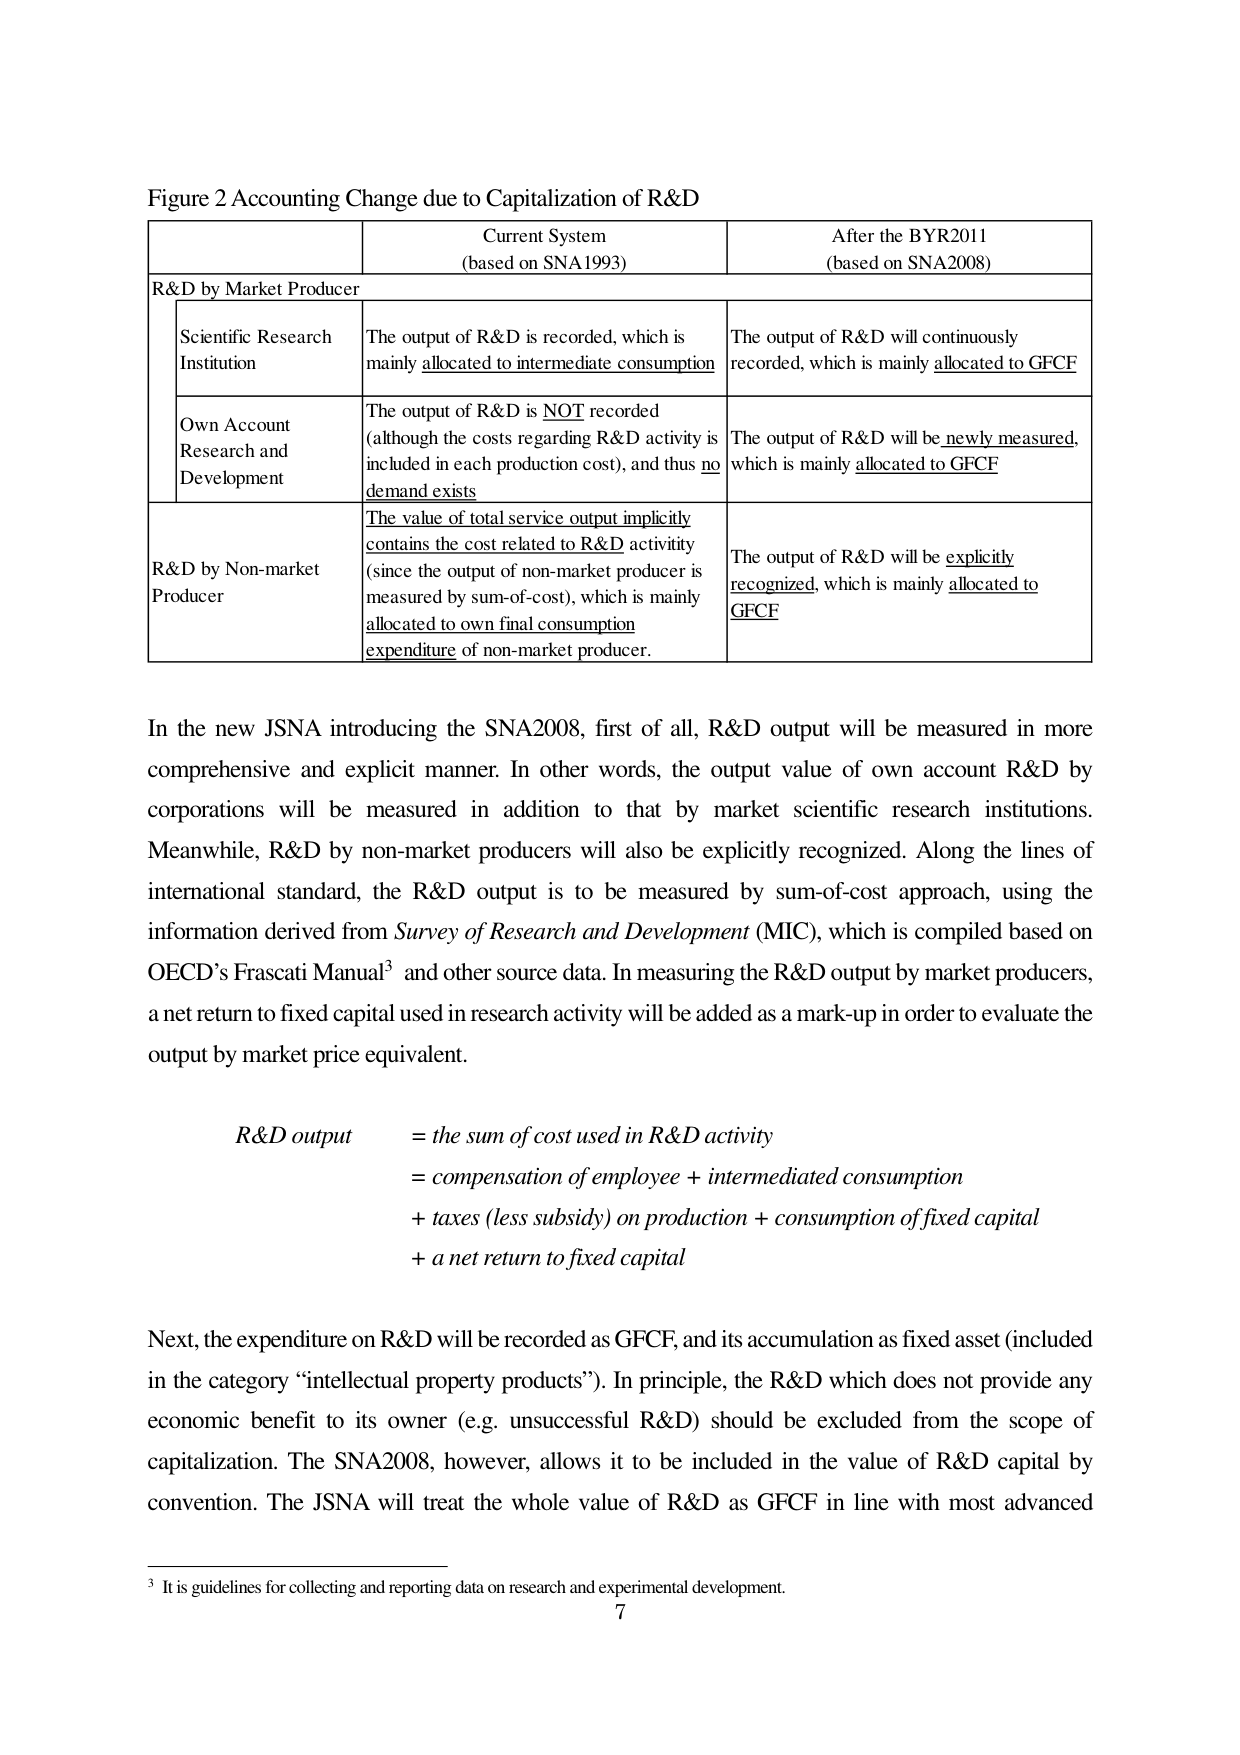
Figure 2 Accounting Change due to Capitalization of R&D

Current System
(based on SNA1993)

After the BYR2011
(based on SNA2008)

R&D by Market Producer

Scientific Research Institution
The output of R&D is recorded, which is mainly allocated to intermediate consumption
The output of R&D will continuously recorded, which is mainly allocated to GFCF

Own Account Research and Development
The output of R&D is NOT recorded (although the costs regarding R&D activity is included in each production cost), and thus no demand exists
The output of R&D will be newly measured, which is mainly allocated to GFCF

R&D by Non-market Producer
The value of total service output implicitly contains the cost related to R&D activity (since the output of non-market producer is measured by sum-of-cost), which is mainly allocated to own final consumption expenditure of non-market producer.
The output of R&D will be explicitly recognized, which is mainly allocated to GFCF

In the new JSNA introducing the SNA2008, first of all, R&D output will be measured in more comprehensive and explicit manner. In other words, the output value of own account R&D by corporations will be measured in addition to that by market scientific research institutions. Meanwhile, R&D by non-market producers will also be explicitly recognized. Along the lines of international standard, the R&D output is to be measured by sum-of-cost approach, using the information derived from Survey of Research and Development (MIC), which is compiled based on OECD’s Frascati Manual³ and other source data. In measuring the R&D output by market producers, a net return to fixed capital used in research activity will be added as a mark-up in order to evaluate the output by market price equivalent.

R&D output
= the sum of cost used in R&D activity
= compensation of employee + intermediated consumption
+ taxes (less subsidy) on production + consumption of fixed capital
+ a net return to fixed capital

Next, the expenditure on R&D will be recorded as GFCF, and its accumulation as fixed asset (included in the category “intellectual property products”). In principle, the R&D which does not provide any economic benefit to its owner (e.g. unsuccessful R&D) should be excluded from the scope of capitalization. The SNA2008, however, allows it to be included in the value of R&D capital by convention. The JSNA will treat the whole value of R&D as GFCF in line with most advanced

³ It is guidelines for collecting and reporting data on research and experimental development.
7